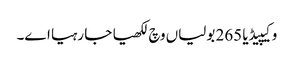
وکیپیڈیا 265 بولیاں وچ لکھیا جا رہیا اے۔